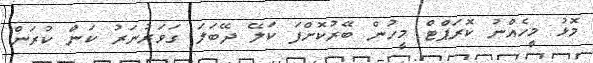
މޮޅު މީހެއްނު ކޮރަޕްޓް މީހުން ބޭރުކޮށްފަ ކަލޭ ދޭބަލަ ގަވަރުނަރު ކަން ކުރަން